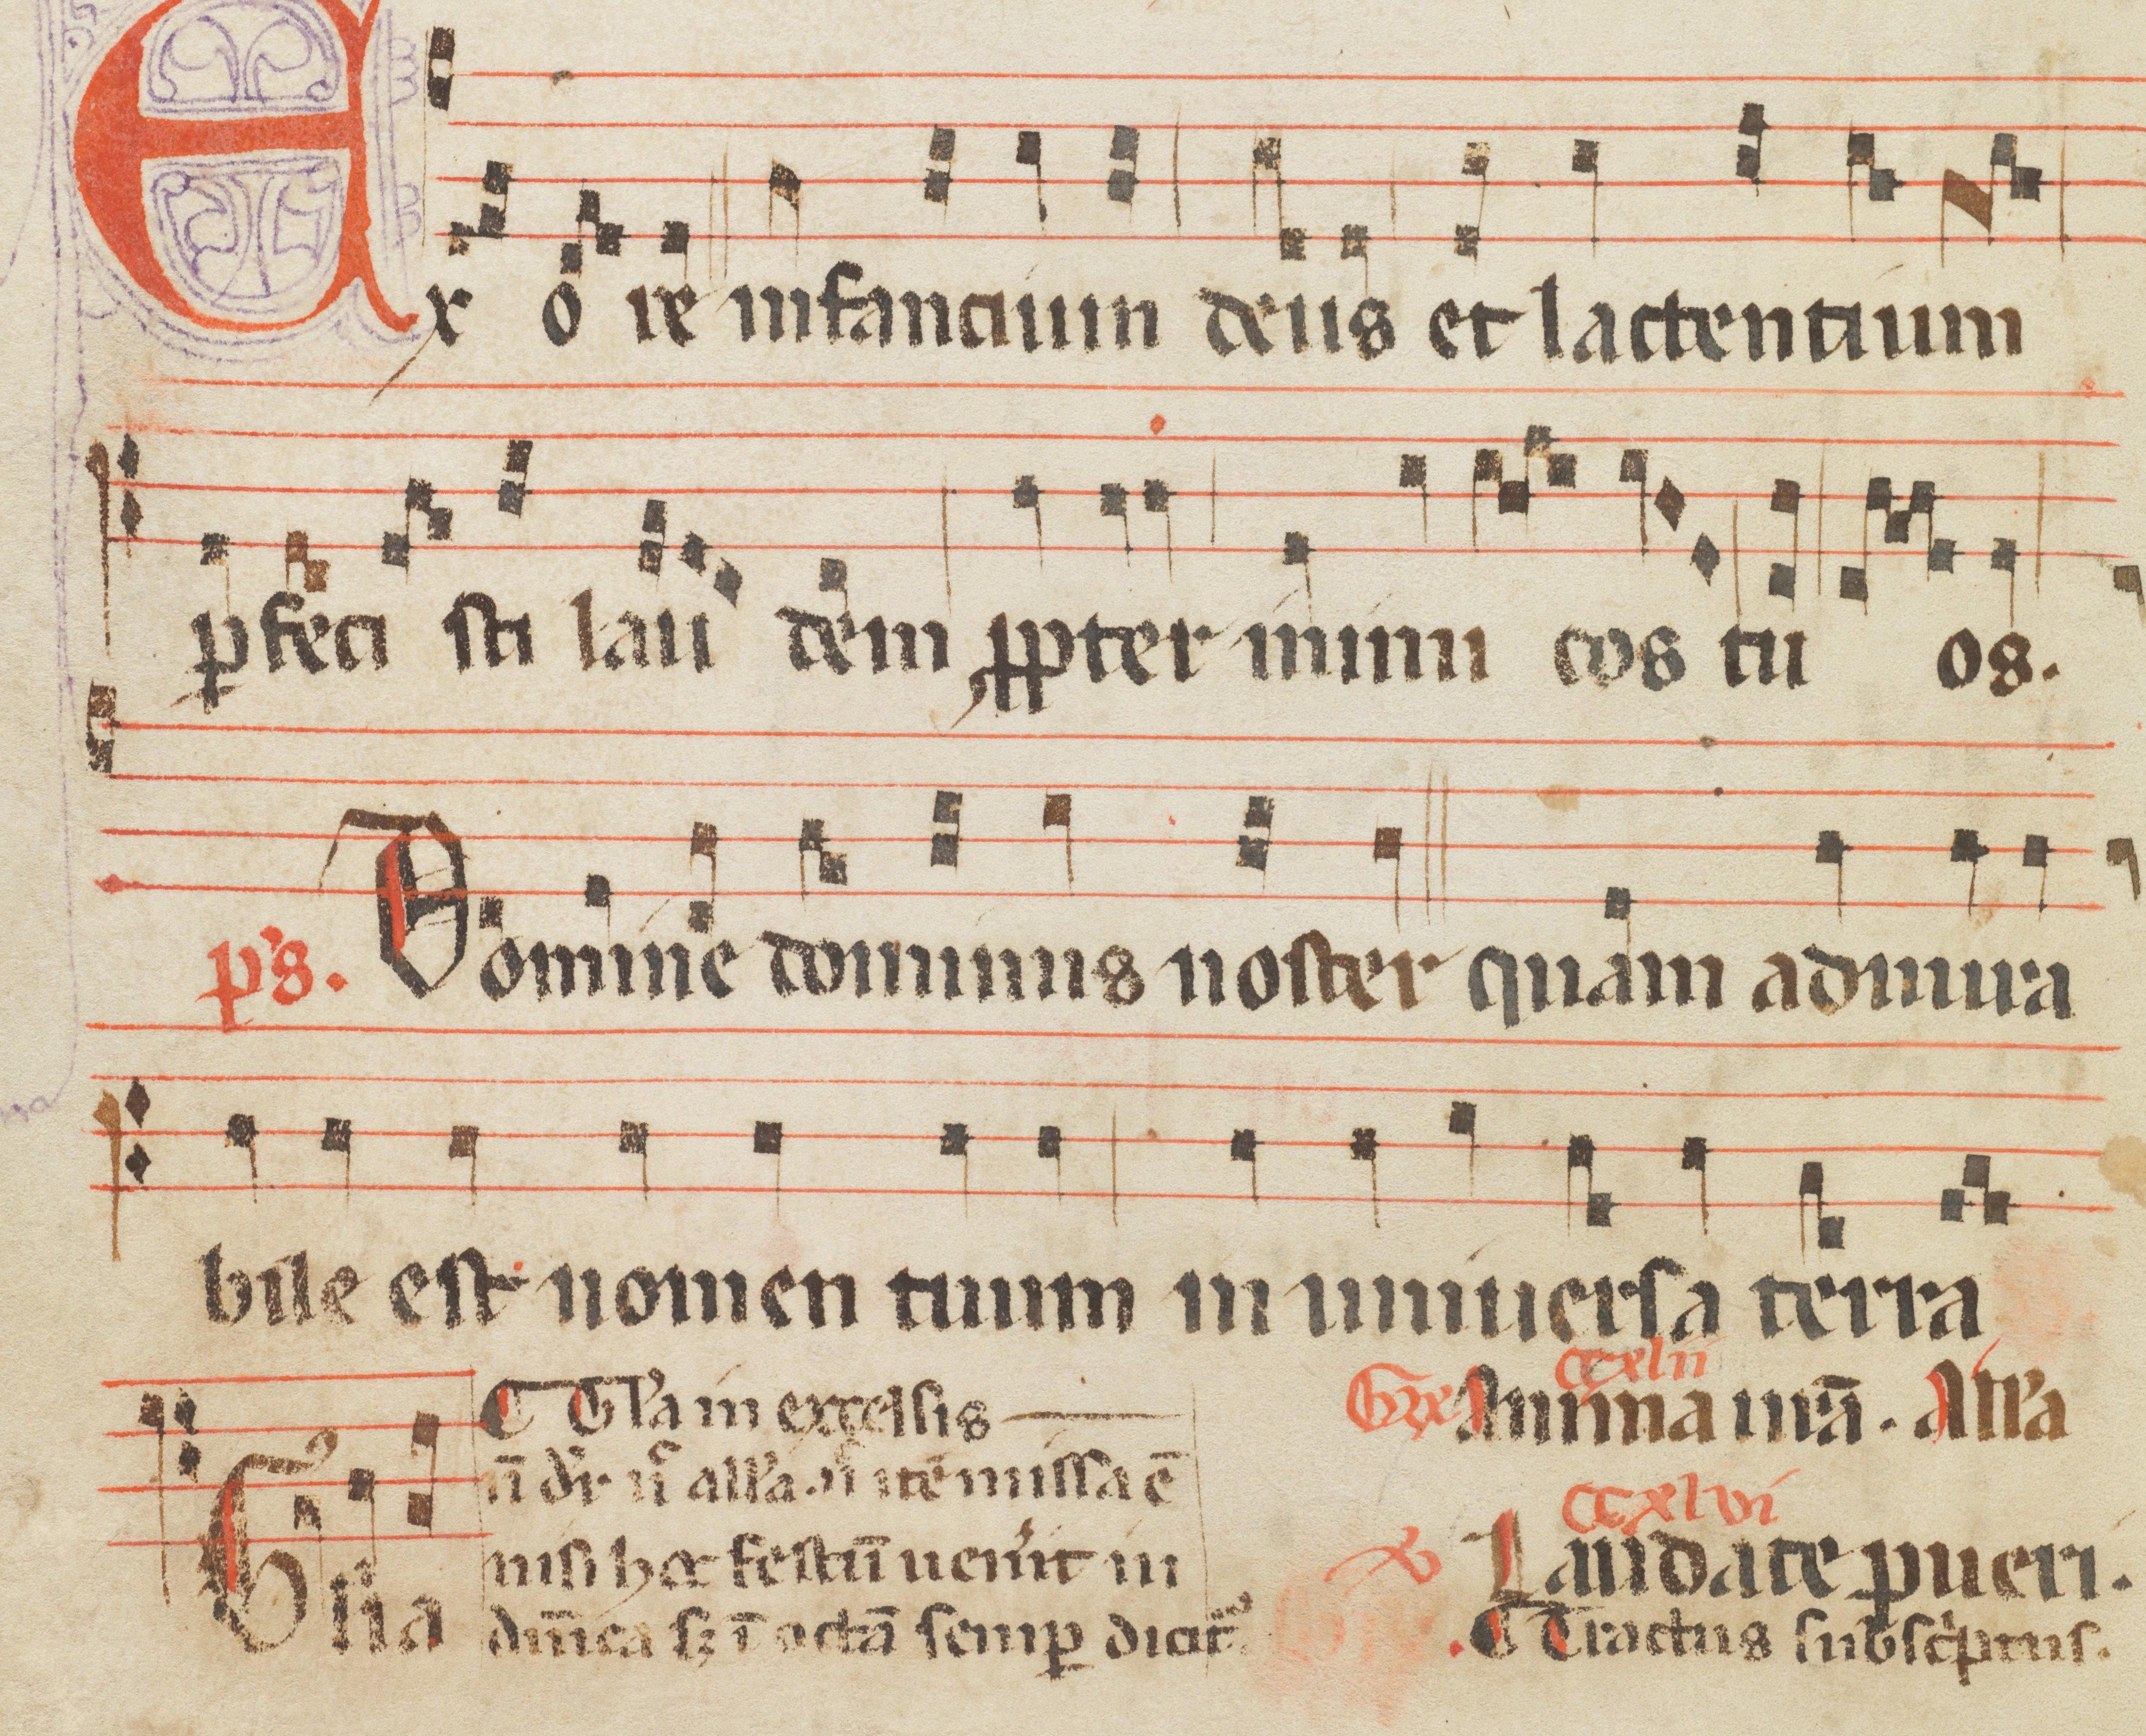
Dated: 1285–1315